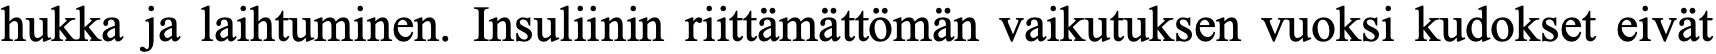
hukka ja laihtuminen. Insuliinin riittämättömän vaikutuksen vuoksi kudokset eivät